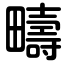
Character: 疇